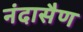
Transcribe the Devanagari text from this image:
नंदासैण